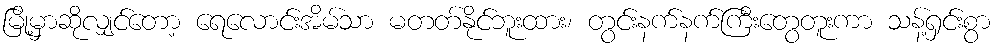
မြို့မှာဆိုလျှင်တော့ ရေလောင်းအိမ်သာ မတတ်နိုင်ဘူးထား၊ တွင်းနက်နက်ကြီးတွေတူးကာ သန့်ရှင်းစွာ